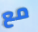
مع